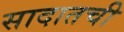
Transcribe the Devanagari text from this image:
सादातची